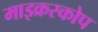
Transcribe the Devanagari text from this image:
माइक्रस्कोप